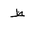
Letter: _za